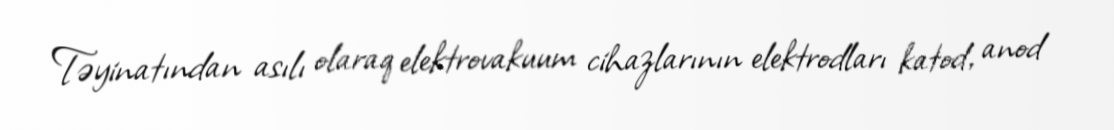
Təyinatından asılı olaraq elektrovakuum cihazlarının elektrodları katod, anod